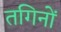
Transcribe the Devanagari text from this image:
तगिनों